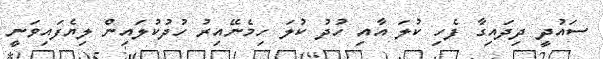
ސައުދީ ދިދައިގާ ފެހި ކުލަ އާއި ހުދު ކުލަ ހިމެނޭއިރު ހުދުކުލައިން ލިޔެފައިވަނީ